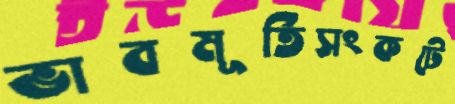
ভাবমূর্তিসংকটে